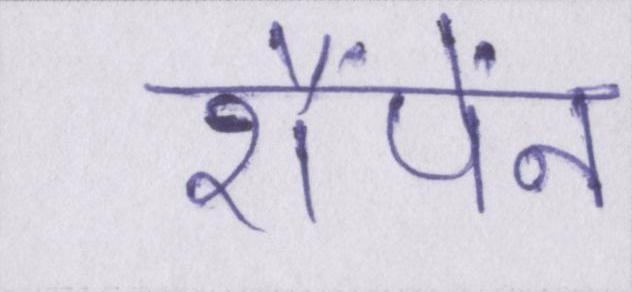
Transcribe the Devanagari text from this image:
शैंपेंन